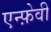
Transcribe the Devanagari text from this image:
एन्फ़ेवी